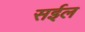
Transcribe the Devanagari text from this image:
सईल